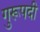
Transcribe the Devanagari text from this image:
गुरूपदी